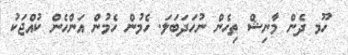
ހޫމ ދެން މާނިޝް ތިހެން ނުހަދަބަލަ. ހެމުން ހެމުން އަންހެން ކުއްޖަކު